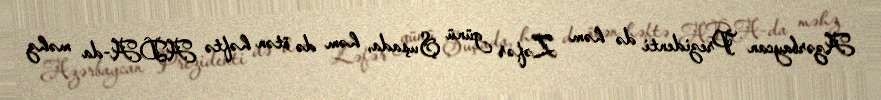
Azərbaycan Prezidenti də həm Zəfər günü Şuşada, həm də ötən həftə ADA-da məhz